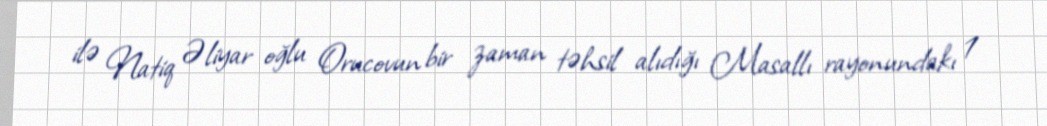
ilə Natiq Əliyar oğlu Orucovun bir zaman təhsil alıdığı Masallı rayonundakı 1